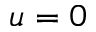
u = 0